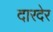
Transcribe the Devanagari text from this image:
दारदेर